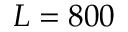
L = 8 0 0